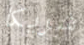
شريكا